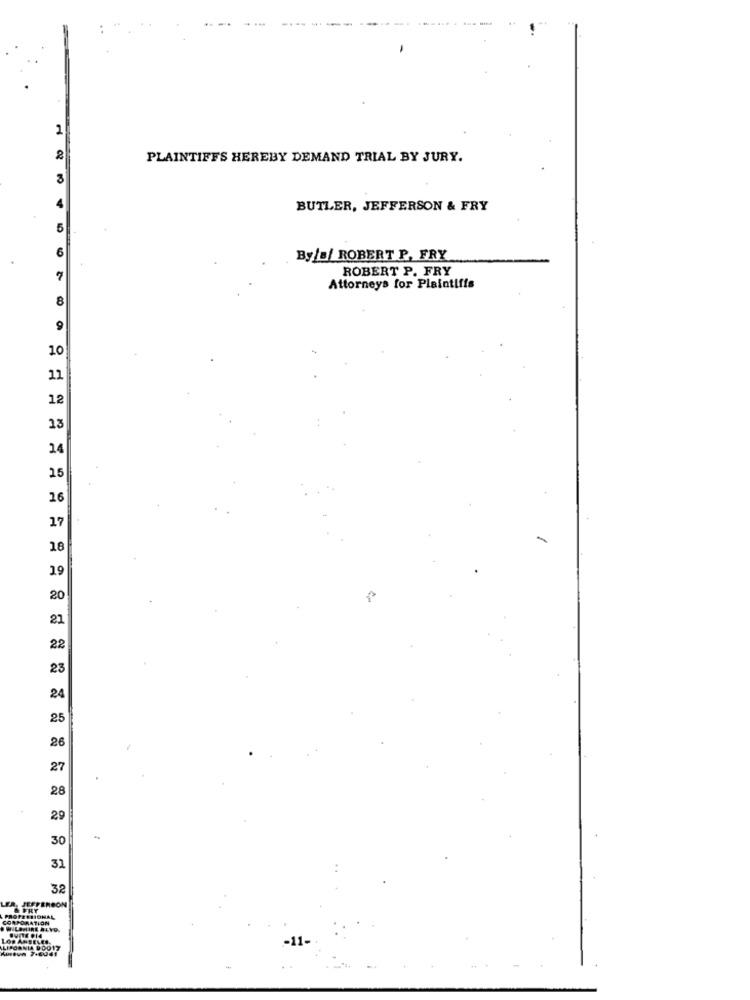
1
PLAINTIFFS HEREBY DEMAND TRIAL BY JURY.
4
BUTLER, JEFFERSON & FRY
5
6
Byla/ ROBERT P, FRY
ROBERT P. FRY
Attorneys for Plaintiffs
8
9
10
11
12
13
14
15
16
17
18
19
20
21
22
23
24
25
26
27
28
29
30
31
32
JEFFERSON
& FRY
CORPORATION
PROFESSIONAL
LOS ANGELES,
LIFORNIA 90017
Kubun 7-6041